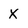
Character: X